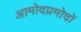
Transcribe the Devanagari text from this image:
आमोदप्रमोदों